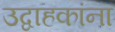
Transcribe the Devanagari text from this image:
उद्वाहकांना